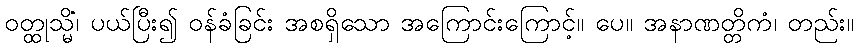
ဝတ္ထုသ္မိံ၊ ပယ်ပြီး၍ ဝန်ခံခြင်း အစရှိသော အကြောင်းကြောင့်။ ပေ။ အနာဏတ္တိကံ၊ တည်း။